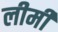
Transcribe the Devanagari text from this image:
लीमी